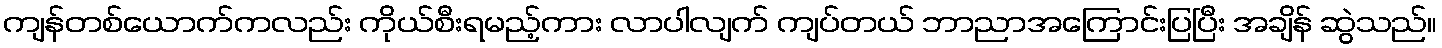
ကျန်တစ်ယောက်ကလည်း ကိုယ်စီးရမည့်ကား လာပါလျက် ကျပ်တယ် ဘာညာအကြောင်းပြပြီး အချိန် ဆွဲသည်။